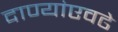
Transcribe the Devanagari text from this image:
दाण्यांएवढे